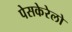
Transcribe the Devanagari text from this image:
पेसकेरेलो